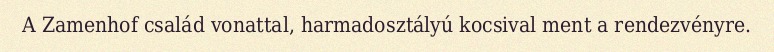
A Zamenhof család vonattal, harmadosztályú kocsival ment a rendezvényre.